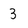
Character: 3